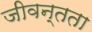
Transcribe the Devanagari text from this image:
जीवन्‍तता